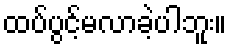
ထပ်ပွင့်မလာခဲ့ပါဘူး။